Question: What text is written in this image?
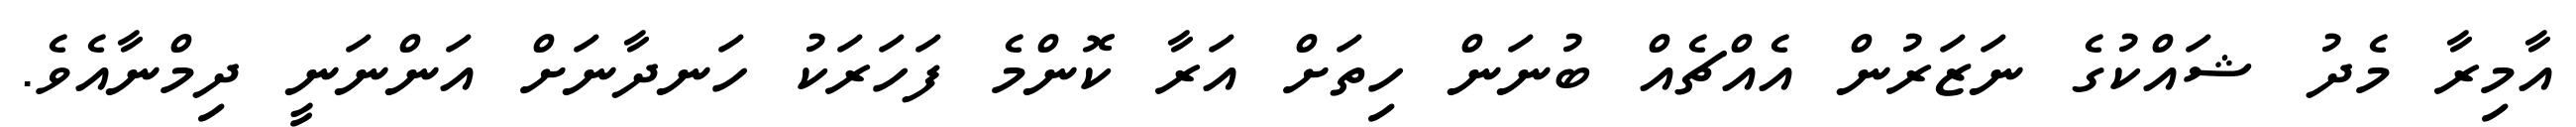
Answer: އާމިރާ މެދު ޝައްކުގެ ނަޒަރުން އެއްޗެއް ބުނަން ހިތަށް އަރާ ކޮންމެ ފަހަރަކު ހަނދާނަށް އަންނަނީ ދިމްނާއެވެ.